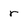
Character: r